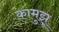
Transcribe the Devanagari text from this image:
कामुझू